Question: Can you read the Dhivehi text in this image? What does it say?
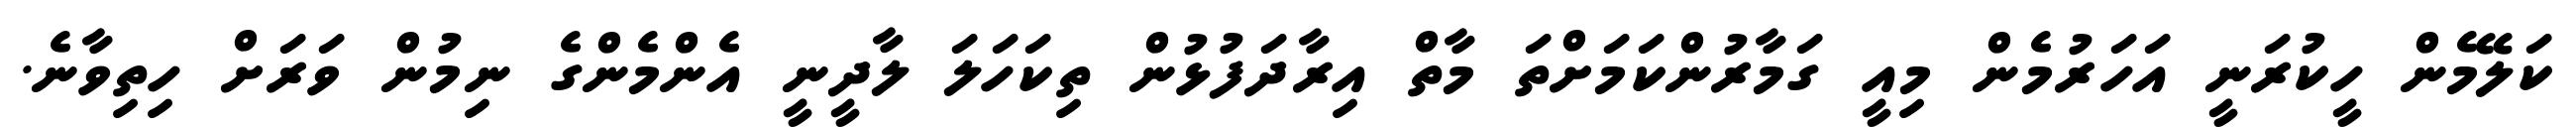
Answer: ކަލޭމެން ހީކުރަނީ އަހަރުމެން މިއީ ގަމާރުންކަމަށްތަ މާތް އިރާދަފުޅުން ތިކަހަލަ ލާދީނީ އެންމެންގެ ނިމުން ވަރަށް ހިތިވާނެ.